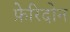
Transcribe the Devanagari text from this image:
फ़ेरिदोन